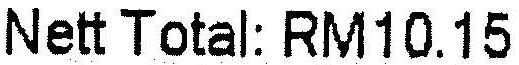
NETT TOTAL: RM10.15